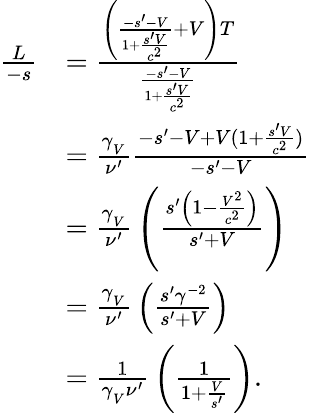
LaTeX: {\begin{array}{rl}{{\frac{L}{-s}}}&{={\frac{\left({\frac{-s^{\prime}-V}{1+{\frac{s^{\prime}V}{c^{2}}}}}+V\right)T}{\frac{-s^{\prime}-V}{1+{\frac{s^{\prime}V}{c^{2}}}}}}}\\ &{={\frac{\gamma_{_{V}}}{\nu^{\prime}}}{\frac{-s^{\prime}-V+V(1+{\frac{s^{\prime}V}{c^{2}}})}{-s^{\prime}-V}}}\\ &{={\frac{\gamma_{_{V}}}{\nu^{\prime}}}\left({\frac{s^{\prime}\left(1-{\frac{V^{2}}{c^{2}}}\right)}{s^{\prime}+V}}\right)}\\ &{={\frac{\gamma_{_{V}}}{\nu^{\prime}}}\left({\frac{s^{\prime}\gamma^{-2}}{s^{\prime}+V}}\right)}\\ &{={\frac{1}{\gamma_{_{V}}\nu^{\prime}}}\left({\frac{1}{1+{\frac{V}{s^{\prime}}}}}\right).}\end{array}}